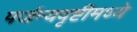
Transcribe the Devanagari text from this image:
पर्जन्यवृष्टीमध्ये